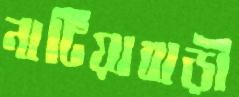
নাটিয়াবাড়ী